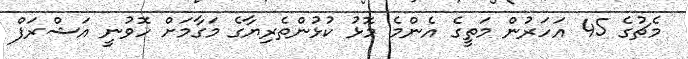
މެޗުގެ 45 އަހަރުން މަތީގެ އެންމެ މޮޅު ކުޅުންތެރިޔާގެ މަގާމަށް ހޮވުނީ އަޝްރަފް